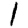
Digit: 1